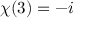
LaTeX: \chi ( 3 ) = - i